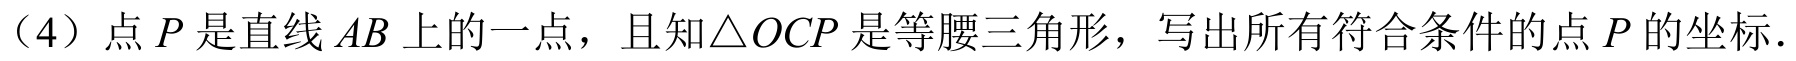
（4）点\(P\)是直线\(AB\)上的一点，且知\(\triangle OCP\)是等腰三角形，写出所有符合条件的点\(P\)的坐标．